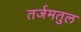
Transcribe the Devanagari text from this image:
तर्जमतुल